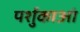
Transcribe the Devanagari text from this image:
पर्शुकाआं